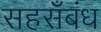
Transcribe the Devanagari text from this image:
सहसँबंध